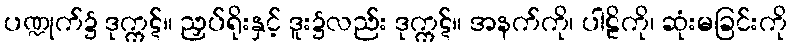
ပဏ္ဍုက်၌ ဒုက္ကဋ်။ ညှပ်ရိုးနှင့် ဒူး၌လည်း ဒုက္ကဋ်။ အနက်ကို၊ ပါဠိကို၊ ဆုံးမခြင်းကို